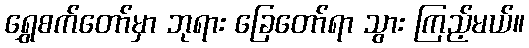
ရွှေစက်တော်မှာ ဘုရား ခြေတော်ရာ သွား ကြည့်မယ်။